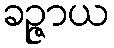
ခဉ္ဇာယ